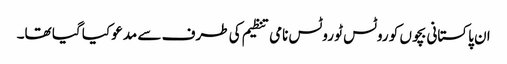
ان پاکستانی بچوں کو روٹس ٹو روٹس نامی تنظیم کی طرف سے مدعو کیا گیا تھا۔